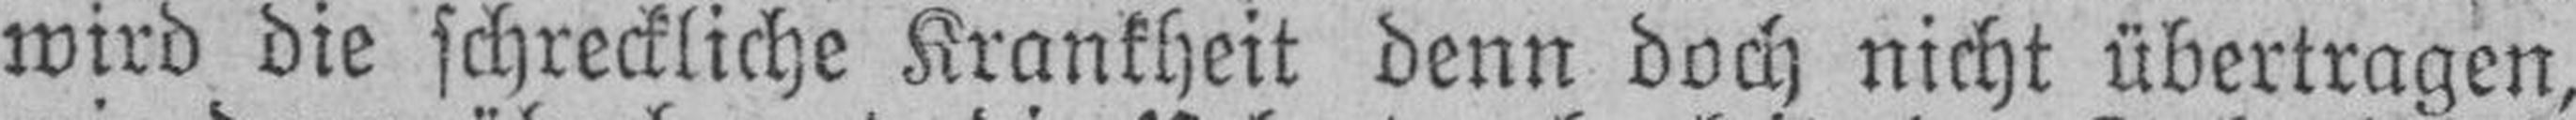
wird die schreckliche Krankheit denn doch nicht übertragen,